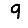
Digit: 9